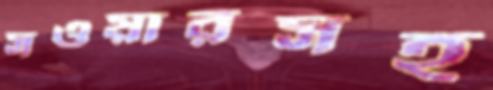
সওয়ারসহ